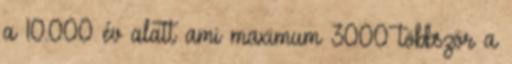
a 10.000 év alatt ami maximum 3000 többször a